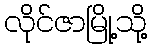
လိုင်ဇာမြို့သို့